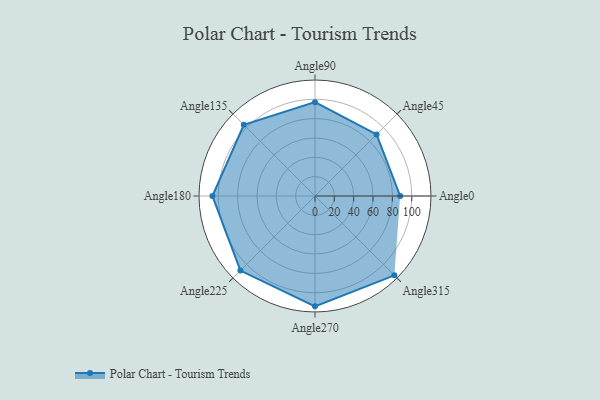
{"axis": {"x": "Angle", "y": "Radius"}, "legend": [""], "data": [{"x": "Angle0", "y": 88.0, "type": ""}, {"x": "Angle45", "y": 90.0, "type": ""}, {"x": "Angle90", "y": 97.0, "type": ""}, {"x": "Angle135", "y": 104.0, "type": ""}, {"x": "Angle180", "y": 106.0, "type": ""}, {"x": "Angle225", "y": 109.0, "type": ""}, {"x": "Angle270", "y": 114.0, "type": ""}, {"x": "Angle315", "y": 116.0, "type": ""}]}